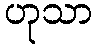
ဟုသာ